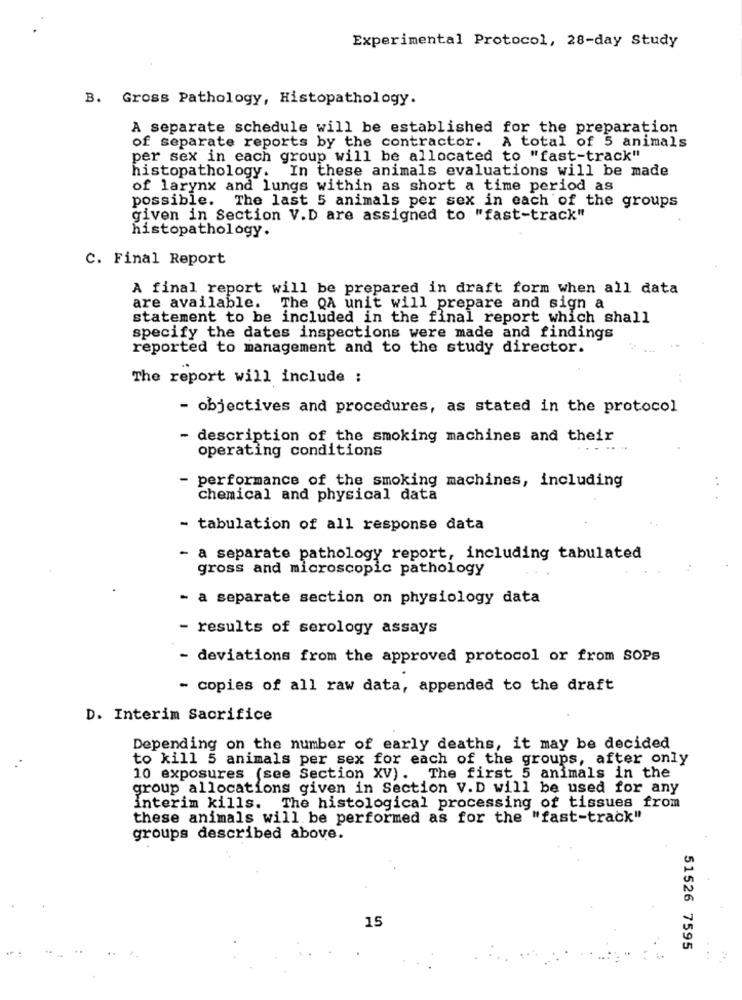
Experimental Protocol, 28-day Study
B. Gross Pathology, Histopathology.
A separate schedule will be established for the preparation
of separate reports by the contractor. A total of 5 animals
per sex in each group will be allocated to "fast-track"
histopathology. In these animals evaluations will be made
of larynx and lungs within as short a time period as
possible. The last 5 animals per sex in each of the groups
given in Section V.D are assigned to "fast-track"
histopathology.
C. Final Report
A final report will be prepared in draft form when all data
are available. The QA unit will prepare and sign a
statement to be included in the final report which shall
specify the dates inspections were made and findings
reported to management and to the study director.
The report will include :
- objectives and procedures, as stated in the protocol
- description of the smoking machines and their
operating conditions
performance of the smoking machines, including
. .
chemical and physical data
- tabulation of all response data
- a separate pathology report, including tabulated
gross and microscopic pathology
- a separate section on physiology data
results of serology assays
- deviations from the approved protocol or from SOPs
- copies of all raw data, appended to the draft
D. Interim Sacrifice
Depending on the number of early deaths, it may be decided
to kill 5 animals per sex for each of the groups, after only
10 exposures (see Section XV). The first 5 animals in the
group allocations given in Section V.D will be used for any
interim kills. The histological processing of tissues from
these animals will be performed as for the "fast-track"
groups described above.
15
51526 7595